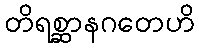
တိရစ္ဆာနဂတေဟိ